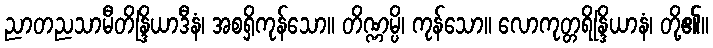
ညာတညသာမီတိန္ဒြိယာဒီနံ၊ အစရှိကုန်သော။ တိဏ္ဏမ္ပိ၊ ကုန်သော။ လောကုတ္တရိန္ဒြိယာနံ၊ တို့၏။